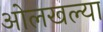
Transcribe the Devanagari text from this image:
ओलखल्या